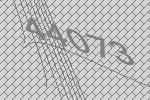
44073